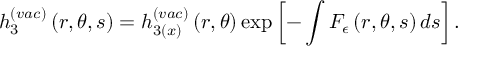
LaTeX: h _ { 3 } ^ { ( v a c ) } \left( r , \theta , s \right) = h _ { 3 ( x ) } ^ { ( v a c ) } \left( r , \theta \right) \exp \left[ - \int F _ { \epsilon } \left( r , \theta , s \right) d s \right] .